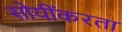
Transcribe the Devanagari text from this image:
सोयींकरता